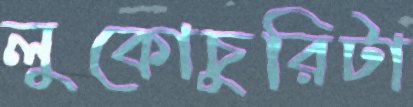
লুকোচুরিটা